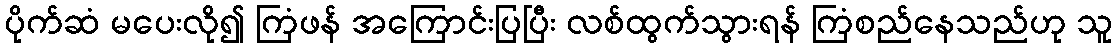
ပိုက်ဆံ မပေးလို၍ ကြံဖန် အကြောင်းပြပြီး လစ်ထွက်သွားရန် ကြံစည်နေသည်ဟု သူ